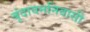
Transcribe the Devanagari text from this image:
बृंदावननिवासी